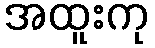
အထူးကု